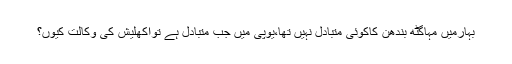
بہارمیں مہاگٹھ بندھن کاکوئی متبادل نہیں تھا،یوپی میں جب متبادل ہے تواکھلیش کی وکالت کیوں؟